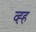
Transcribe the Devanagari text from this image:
व्ह्ह